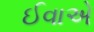
ઈવાએ